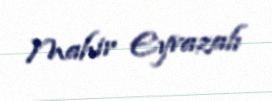
Mahir Eyvazalı